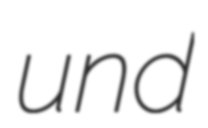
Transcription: und